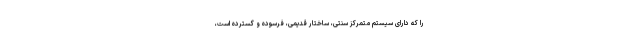
را که دارای سیستم متمرکز سنتی، ساختار قدیمی، فرسوده و گسترده است،